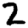
Digit: 2